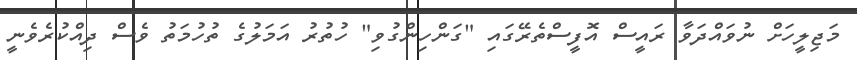
މަޖިލީހަށް ނުވައްދަވާ ރައީސް އޮފީސްތެރޭގައި "ގަންހިންގުވި" ހުތުރު އަމަލުގެ ތުހުމަތު ވެސް ދިއްކުރެވެނީ